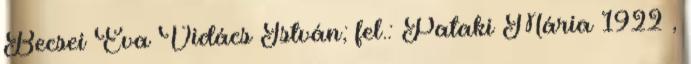
Becsei Éva Vidács István; fel.: Pataki Mária 1922 ,